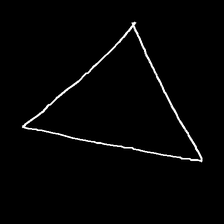
Glyph: convergence